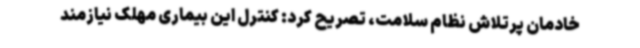
خادمان پرتلاش نظام سلامت، تصریح کرد: کنترل این بیماری مهلک نیازمند